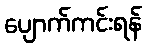
ပျောက်ကင်းရန်